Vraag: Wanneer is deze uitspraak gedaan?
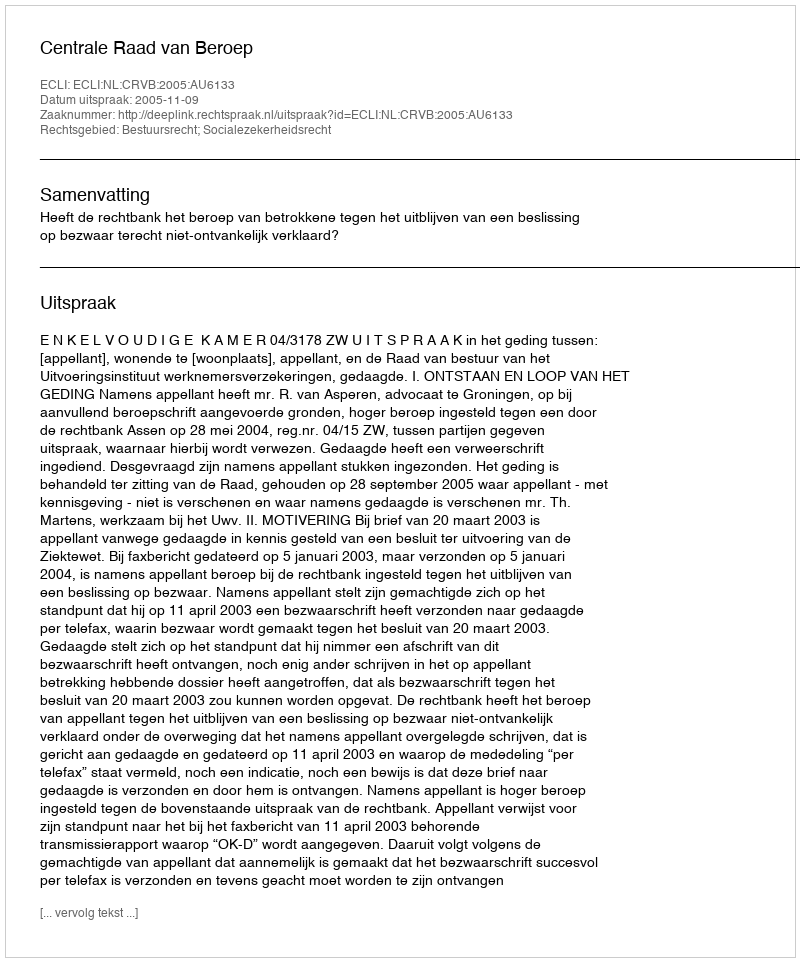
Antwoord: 2005-11-09